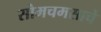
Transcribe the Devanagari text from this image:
सोमचमसाचे